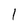
Character: 1